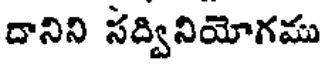
దానిని సద్వినియోగము